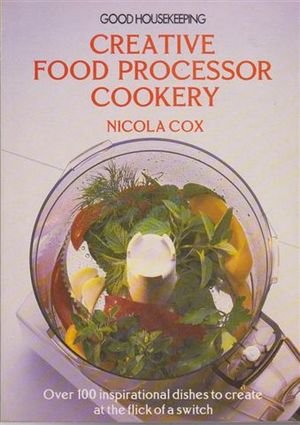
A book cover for "Good Housekeeping" Creative Food Processor Cookery; Nicola Cox; Cookbooks, Food & Wine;